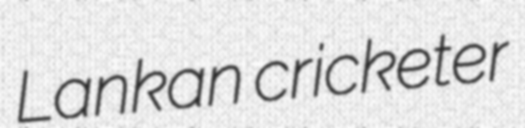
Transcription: Lankan cricketer